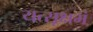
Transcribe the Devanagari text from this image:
यत्सूक्षमं